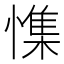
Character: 𰒎